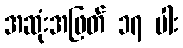
အဆုံးအဖြတ် ၁၇ ပါး